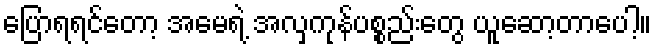
ပြောရရင်တော့ အမေရဲ့ အလှကုန်ပစ္စည်းတွေ ယူဆော့တာပေါ့။